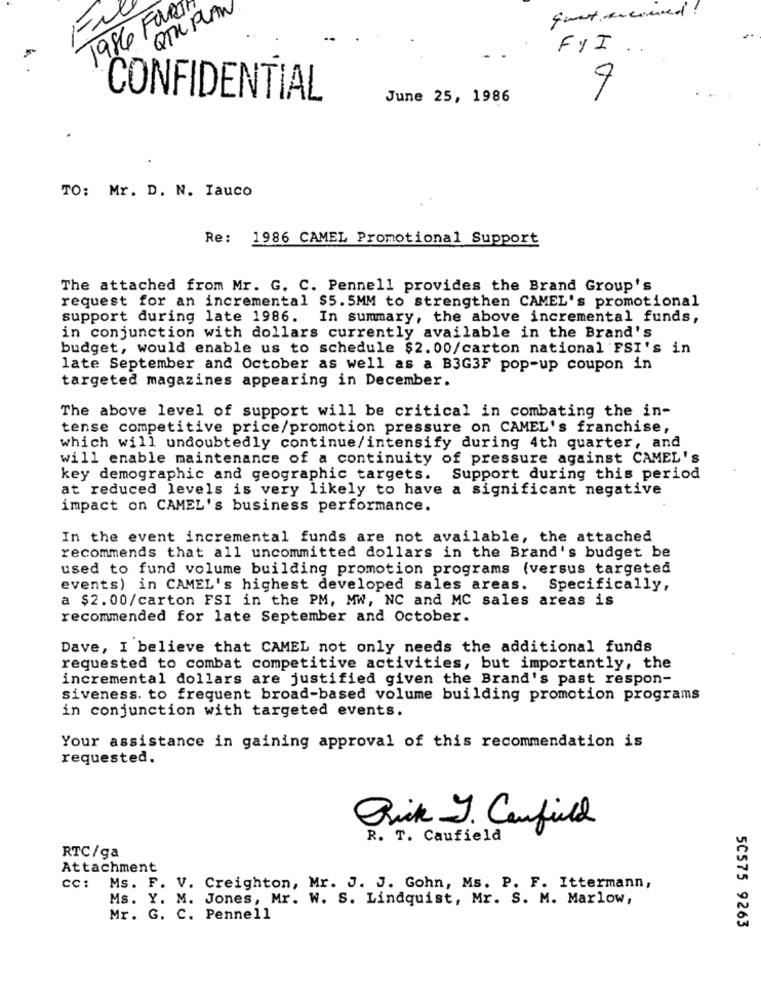
1986 Farol
QTU PLAN
quant exceed !
F
FYI
..
CONFIDENTIAL
June 25, 1986
TO: Mr. D. N. Iauco
Re: 1986 CAMEL Promotional Support
The attached from Mr. G. C. Pennell provides the Brand Group's
request for an incremental $5.5MM to strengthen CAMEL's promotional
support during late 1986. In summary, the above incremental funds,
in conjunction with dollars currently available in the Brand's
budget, would enable us to schedule $2.00/carton national FSI's in
late September and October as well as a B3G3F pop-up coupon in
targeted magazines appearing in December.
The above level of support will be critical in combating the in-
tense competitive price/promotion pressure on CAMEL's franchise,
which will undoubtedly continue/intensify during 4th quarter, and
will enable maintenance of a continuity of pressure against CAMEL's
key demographic and geographic targets.
Support during this period
at reduced levels is very likely to have a significant negative
impact on CAMEL's business performance.
In the event incremental funds are not available, the attached
recommends that all uncommitted dollars in the Brand's budget be
used to fund volume building promotion programs (versus targeted
events) in CAMEL's highest developed sales areas.
Specifically,
a $2.00/carton FSI in the PM, MW, NC and MC sales areas is
recommended for late September and October.
Dave, I believe that CAMEL not only needs the additional funds
requested to combat competitive activities, but importantly, the
incremental dollars are justified given the Brand's past respon-
siveness. to frequent broad-based volume building promotion programs
in conjunction with targeted events.
Your assistance in gaining approval of this recommendation is
requested.
Brick J. Canfield
R. T. Caufield
RTC/ga
Attachment
cc: Ms. F. V. Creighton, Mr. J. J. Gohn, Ms. P. F. Ittermann,
Ms. Y. M. Jones, Mr. W. S. Lindquist, Mr. S. M. Marlow,
Mr. G. C. Pennell
50575 9263